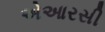
એઆરસી